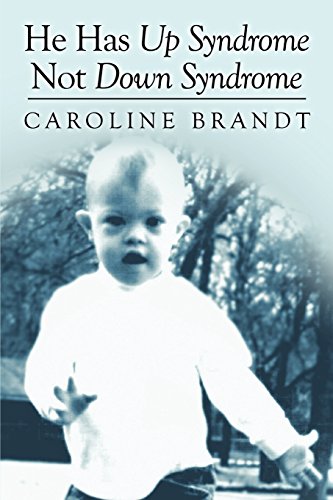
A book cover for He Has Up Syndrome Not Down Syndrome; Caroline Jean Brandt; Health, Fitness & Dieting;